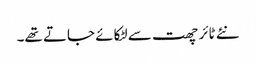
نئے ٹائر چھت سے لٹکائے جاتے تھے۔